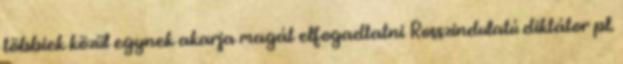
többiek közül egynek akarja magát elfogadtatni Rosszindulatú diktátor pl.